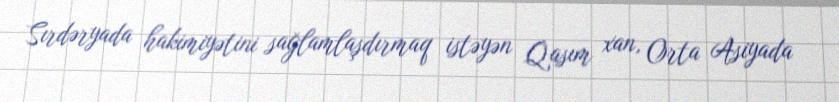
Sırdəryada hakimiyətini sağlamlaşdırmaq istəyən Qasım xan, Orta Asiyada